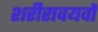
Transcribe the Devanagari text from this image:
शरीरावयवों